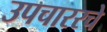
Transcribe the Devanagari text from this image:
उपचाररचे